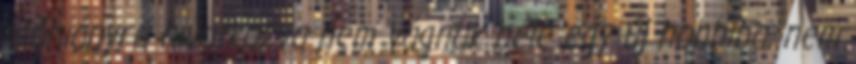
időhiányra hivatkozva nem vágnak bele egy új hobbiba, nem